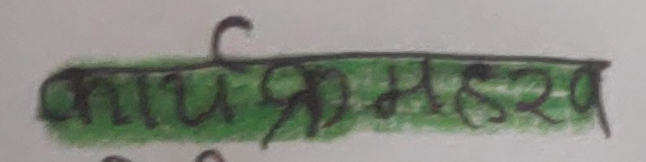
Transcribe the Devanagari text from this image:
कार्यक्रमहरु